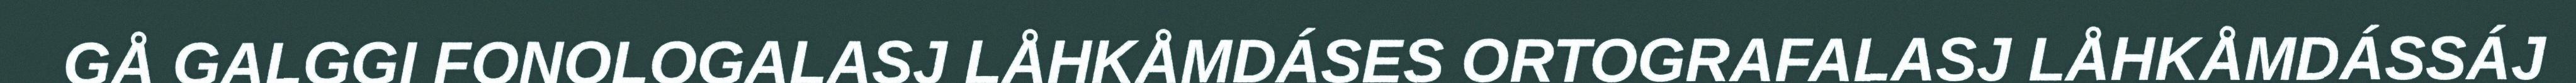
GÅ GALGGI FONOLOGALASJ LÅHKÅMDÁSES ORTOGRAFALASJ LÅHKÅMDÁSSÁJ